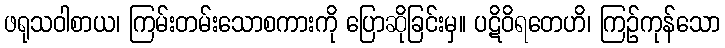
ဖရုသဝါစာယ၊ ကြမ်းတမ်းသောစကားကို ပြောဆိုခြင်းမှ။ ပဋိဝိရတေဟိ၊ ကြဉ်ကုန်သော